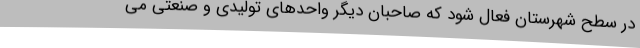
در سطح شهرستان فعال شود که صاحبان دیگر واحدهای تولیدی و صنعتی می